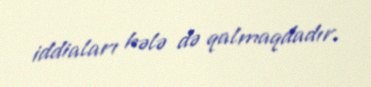
iddiaları hələ də qalmaqdadır.